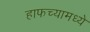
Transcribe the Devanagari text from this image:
हाफच्यामध्ये